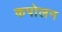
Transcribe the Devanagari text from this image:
कपोलन